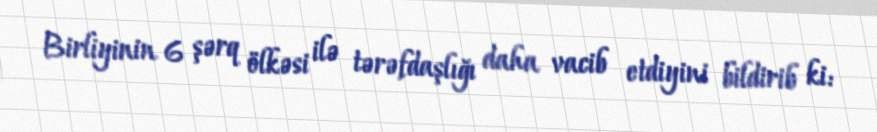
Birliyinin 6 şərq ölkəsi ilə tərəfdaşlığı daha vacib etdiyini bildirib ki: